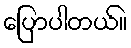
ပြောပါတယ်။